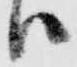
ハ